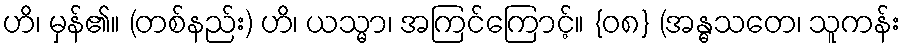
ဟိ၊ မှန်၏။ (တစ်နည်း) ဟိ၊ ယသ္မာ၊ အကြင်ကြောင့်။ {၀၈} (အန္ဓသတေ၊ သူကန်း